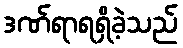
ဒဏ်ရာရရှိခဲ့သည်